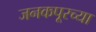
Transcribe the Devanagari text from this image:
जनकपूरच्या